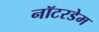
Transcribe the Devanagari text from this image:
नॉटरडेम